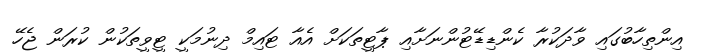
އިންތިހާބުގައި ވާދަކުރާ ކެންޑިޑޭޓުންނަށާއި ޕާޓީތަކަށް އެއާ ޓައިމް ދިނުމަކީ ޓީވީތަކުން ކުރަން ޖެހޭ